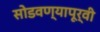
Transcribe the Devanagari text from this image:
सोडवण्यापूर्वी